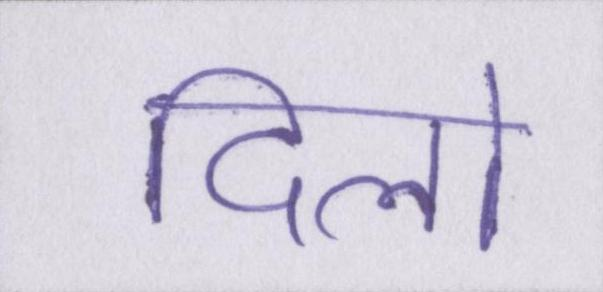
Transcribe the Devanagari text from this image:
दिलो